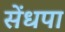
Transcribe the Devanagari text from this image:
सेंधपा